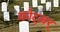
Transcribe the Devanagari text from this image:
कोट्ल्रर्